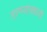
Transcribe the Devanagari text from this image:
ताप्प्याखाली